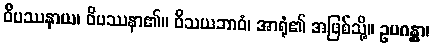
ဝိပဿနာယ၊ ဝိပဿနာ၏။ ဝိသယဘာဝံ၊ အာရုံ၏ အဖြစ်သို့။ ဥပဂန္တွာ၊